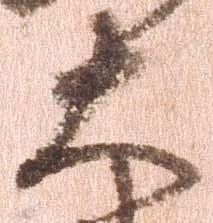
大